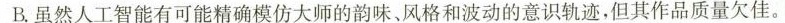
B虽然人工智能有可能精确模仿大师的韵味。风格和波动的意识轨迹，但其作品质量欠佳。